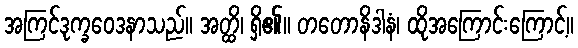
အကြင်ဒုက္ခဝေဒနာသည်။ အတ္ထိ၊ ရှိ၏။ တတောနိဒါနံ၊ ထိုအကြောင်းကြောင့်။